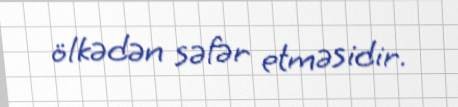
ölkədən səfər etməsidir.